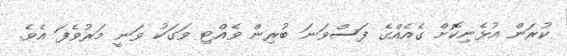
ކުރަން އުޅެނިކޮށް ގެއެއްގެ ފަސްވަނަ ބުރިން ވެއްޓި ވަގަކު ވަނީ މަރުވެފަ އެވެ.